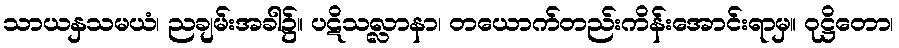
သာယနှသမယံ၊ ညချမ်းအခါ၌။ ပဋိသလ္လာနာ၊ တယောက်တည်းကိန်းအောင်းရာမှ။ ဝုဋ္ဌိတော၊